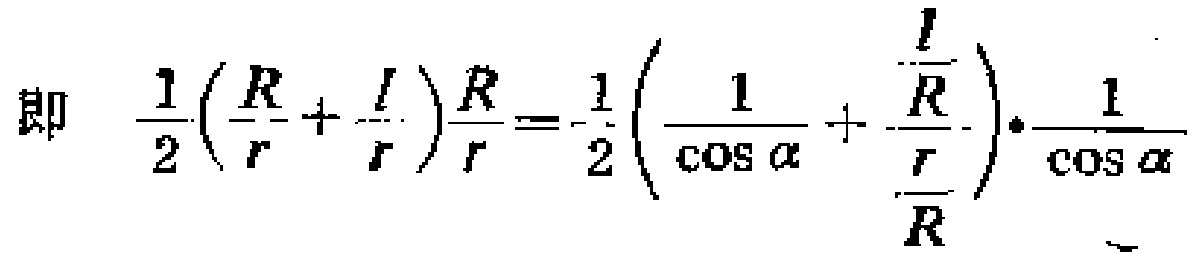
即 \(\frac{1}{2}\left(\frac{R}{r}+\frac{l}{r}\right)\frac{R}{r}=-\frac{1}{2}\left(\frac{1}{\cos\alpha}+\frac{\frac{l}{R}}{\frac{r}{R}}\right)\cdot\frac{1}{\cos\alpha}\)